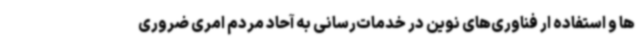
ها و استفاده ار فناوری‌های نوین در خدمات‌رسانی به آحاد مردم امری ضروری